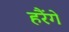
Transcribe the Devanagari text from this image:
हरैंगे